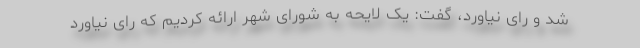
شد و رای نیاورد، گفت: یک لایحه به شورای شهر ارائه کردیم که رای نیاورد